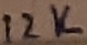
Text: 12K